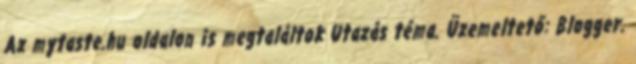
Az mytaste.hu oldalon is megtaláltok Utazás téma. Üzemeltető: Blogger.